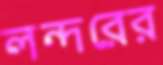
লন্দরের